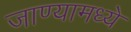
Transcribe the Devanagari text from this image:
जाण्यामध्ये